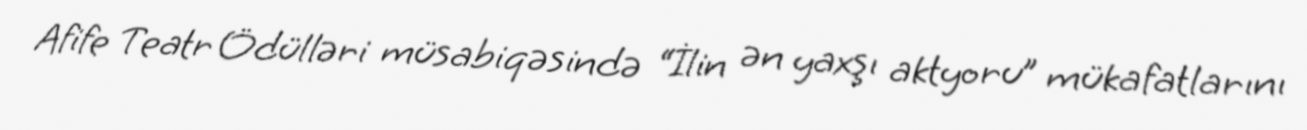
Afife Teatr Ödülləri müsabiqəsində “İlin ən yaxşı aktyoru” mükafatlarını